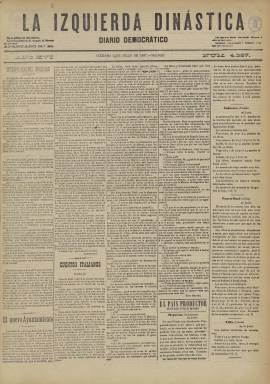
Título: La Izquierda dinástica
Colección: Periódicos
Ámbito geográfico: Madrid
Lugar de publicación: Madrid
Fechas: 02/07/1897-17/11/1899

Periódico dirigido por el abogado y diputado liberal por Cáceres Joaquín González Fiori, era el órgano del partido del mismo nombre, fundado en 1881 por liberales como Segismundo Moret y López Domínguez decepcionados con la política de Sagasta en el Gobierno. Tres años después, no obstante, el partido volvió a fusionarse con el Partido Liberal liderado por Sagasta.

   Subtitulado Diario democrático, con cuatro páginas,  la última de ellas dedicada a anuncios y a informar de la cartelera teatral, la publicación tenía un marcado carácter político y predominaba en su primera página el artículo de fondo con la posición del periódico sobre la actualidad nacional, aunque no faltaba tampoco el folletín. En páginas interiores podían leerse noticias de provincias, de política internacional, de mercados y de sucesos, entre otras.

   En marzo de 1884, apareció en sus páginas un escrito de protesta contra el Gobierno conservador de Cánovas del Castillo y sus medidas contra la prensa. Este escrito fue publicado por 26 periódicos de Madrid, liberales y republicanos. También atacó en 1895 la política en Cuba del general Martínez Campos al iniciarse la guerra que daría lugar a la independencia de la isla con la ayuda de Estados Unidos.

   La BNE conserva precisamente de este periódico los años de 1897 a 1899 en que se enmarca el llamado  Desastre del 98. Como la mayoría de los diarios de la época, apoyó con entusiasmo desbordado el enfrentamiento con EEUU dando por supuesta la superioridad de la flota española y su victoria.

    Ejemplo de cómo la agresividad contra Estados Unidos llegó a un grado extremo es lo publicado por La Izquierda Dinástica el 26 de marzo de 1898, poco después de la voladura accidental del acorazado Maine en el puerto de la Habana y cuando la guerra con el gigante norteamericano era inminente. Dada la campaña de la prensa yankee acusando a los españoles del suceso, el periódico publicó en primera página un artículo con el significativo título ¿Cuándo vendrá? en el que otras cosas decía: “Creíase por este viejo mundo que el pueblo fundado por los puritanos era un pueblo de hombres decorosos y resulta un país de mamarrachos. Entiéndase bien, de mamarrachos sin que este calificativo excluya el de rateros”.

   El director del periódico, González Fiori,  fue autor de obras de Derecho y la BNE conserva el discurso que pronunció en Las Cortes el 26 de mayo de 1882 contra el proyecto de ley sobre el establecimiento del juicio oral y público, la ley de enjuiciamiento criminal que ha llegado hasta nuestros días pues no fue reformada hasta 2015.

[Descripción publicada el 10/09/2018]